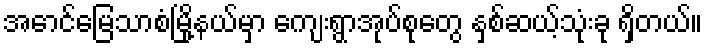
အောင်မြေသာစံမြို့နယ်မှာ ကျေးရွာအုပ်စုတွေ နှစ်ဆယ့်သုံးခု ရှိတယ်။